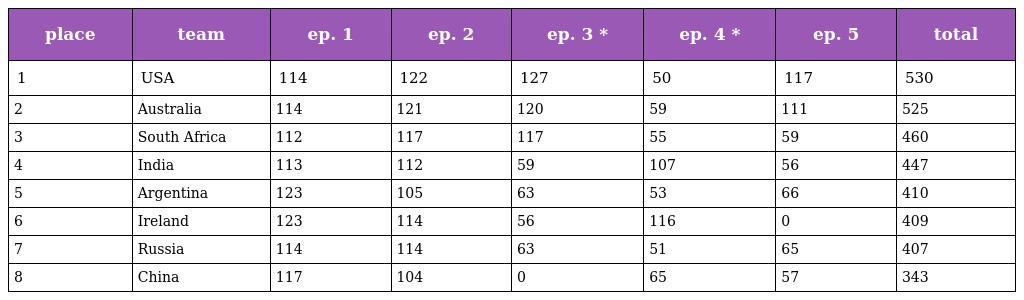
| place | team | ep. 1 | ep. 2 | ep. 3 * | ep. 4 * | ep. 5 | total |
 | --- | --- | --- | --- | --- | --- | --- | --- |
 | 1 | USA | 114 | 122 | 127 | 50 | 117 | 530 |
 | 2 | Australia | 114 | 121 | 120 | 59 | 111 | 525 |
 | 3 | South Africa | 112 | 117 | 117 | 55 | 59 | 460 |
 | 4 | India | 113 | 112 | 59 | 107 | 56 | 447 |
 | 5 | Argentina | 123 | 105 | 63 | 53 | 66 | 410 |
 | 6 | Ireland | 123 | 114 | 56 | 116 | 0 | 409 |
 | 7 | Russia | 114 | 114 | 63 | 51 | 65 | 407 |
 | 8 | China | 117 | 104 | 0 | 65 | 57 | 343 |